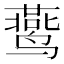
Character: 𬸧